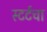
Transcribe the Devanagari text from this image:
स्टर्टचा